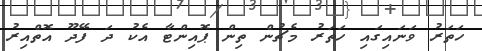
ހަތަރު ވަނައިގައި ހަތަރު މެޗުން ތިން ޕޮއިންޓާ އެކު ދަ ފޭދޫ އޮތްއިރު